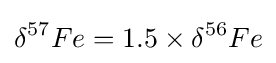
\delta ^{57}Fe=1.5\times \delta ^{56}Fe